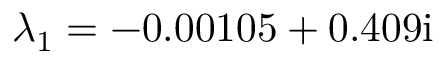
\lambda _ { 1 } = - 0 . 0 0 1 0 5 + 0 . 4 0 9 \mathrm { i }